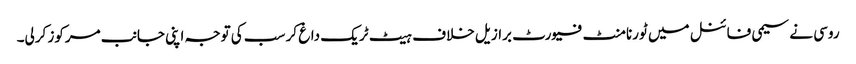
روسی نے سیمی فائنل میں ٹورنامنٹ فیورٹ برازیل خلاف ہیٹ ٹریک داغ کر سب کی توجہ اپنی جانب مرکوز کرلی۔